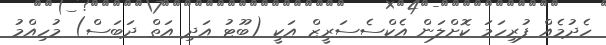
ހެދުމެއް ފުރިހަމަ ކޮށްލަން އެކްސެސަރީޒް އަކީ (ބޫޓު އަދި އަތް ދަބަސް) މުހިއްމު